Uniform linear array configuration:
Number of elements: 24
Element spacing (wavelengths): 1
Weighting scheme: kaiser
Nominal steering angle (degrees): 0
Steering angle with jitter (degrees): -1.788
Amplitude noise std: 0.05
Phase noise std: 0.05

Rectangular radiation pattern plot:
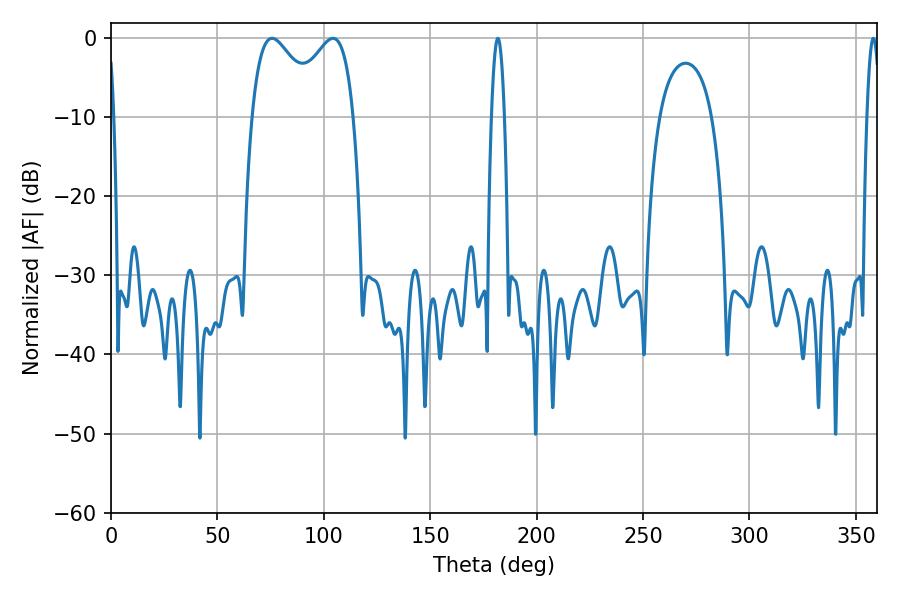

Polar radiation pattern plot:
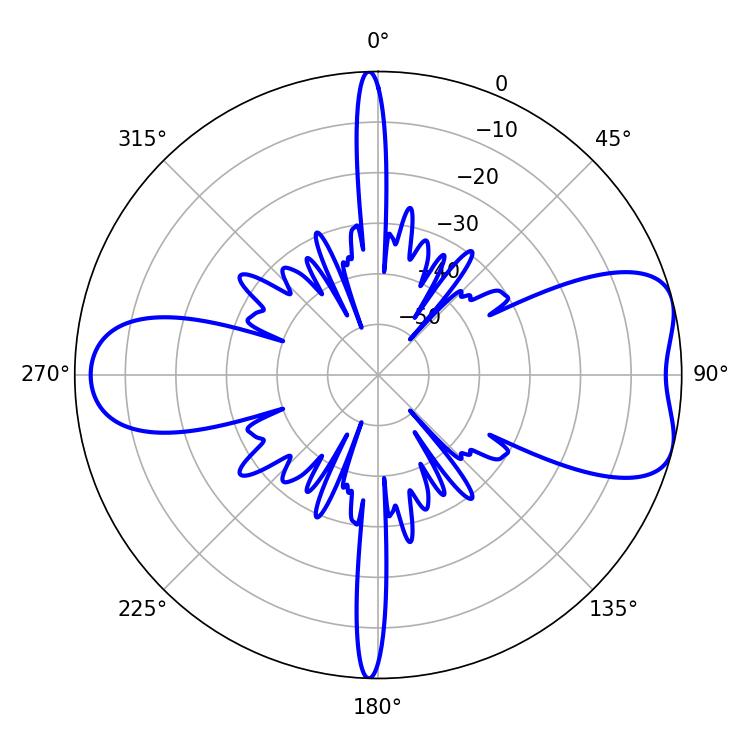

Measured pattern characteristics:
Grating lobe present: TRUE
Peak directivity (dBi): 7.071
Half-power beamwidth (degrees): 3.24
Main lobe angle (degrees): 181.8